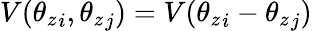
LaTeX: V({\theta_{z}}_{i},{\theta_{z}}_{j})=V({\theta_{z}}_{i}-{\theta_{z}}_{j})